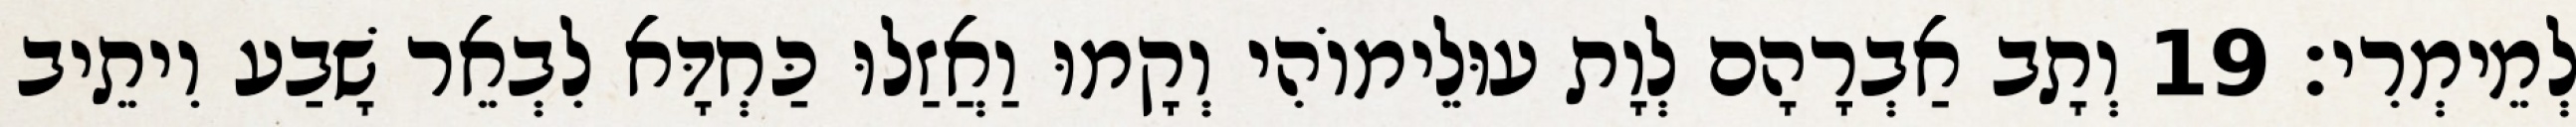
לְמֵימְרִי׃ 19 וְתָב אַבְרָהָם לְוָת עוּלֵימוֹהִי וְקָמוּ וַאֲזַלוּ כַּחְדָּא לִבְאֵר שָׁבַע וִיתֵיב